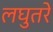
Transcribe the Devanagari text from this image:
लघुतरे